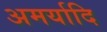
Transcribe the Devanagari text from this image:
अमर्यादि